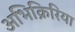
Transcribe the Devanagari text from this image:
अभिक्रिरिया